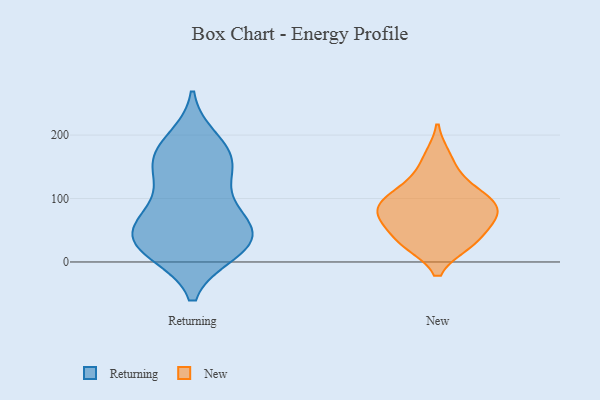
{"axis": {"x": "Active Users", "y": "Value"}, "legend": ["New", "Returning"], "data": [{"x": "", "y": 130, "type": "Returning"}, {"x": "", "y": 16, "type": "Returning"}, {"x": "", "y": 89, "type": "Returning"}, {"x": "", "y": 155, "type": "Returning"}, {"x": "", "y": 53, "type": "Returning"}, {"x": "", "y": 17, "type": "Returning"}, {"x": "", "y": 177, "type": "Returning"}, {"x": "", "y": 24, "type": "Returning"}, {"x": "", "y": 192, "type": "Returning"}, {"x": "", "y": 167, "type": "Returning"}, {"x": "", "y": 49, "type": "Returning"}, {"x": "", "y": 148, "type": "Returning"}, {"x": "", "y": 73, "type": "Returning"}, {"x": "", "y": 31, "type": "Returning"}, {"x": "", "y": 62, "type": "Returning"}, {"x": "", "y": 30, "type": "Returning"}, {"x": "", "y": 30, "type": "New"}, {"x": "", "y": 68, "type": "New"}, {"x": "", "y": 67, "type": "New"}, {"x": "", "y": 97, "type": "New"}, {"x": "", "y": 29, "type": "New"}, {"x": "", "y": 100, "type": "New"}, {"x": "", "y": 32, "type": "New"}, {"x": "", "y": 132, "type": "New"}, {"x": "", "y": 74, "type": "New"}, {"x": "", "y": 166, "type": "New"}, {"x": "", "y": 79, "type": "New"}, {"x": "", "y": 105, "type": "New"}]}